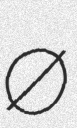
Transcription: Ø